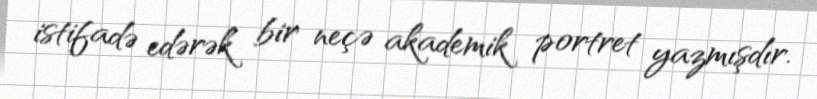
istifadə edərək bir neçə akademik portret yazmışdır.